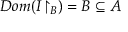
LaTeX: D o m ( I { \upharpoonright _ { B } } ) = B \subseteq A